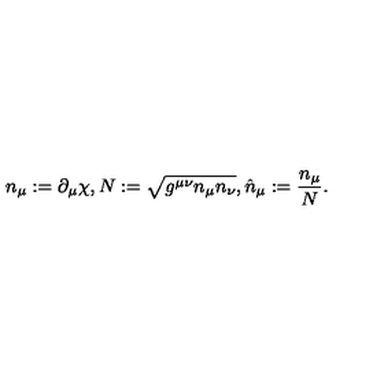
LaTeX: n _ { \mu } : = \partial _ { \mu } \chi , N : = \sqrt { g ^ { \mu \nu } n _ { \mu } n _ { \nu } } , \hat { n } _ { \mu } : = \frac { n _ { \mu } } { N } .